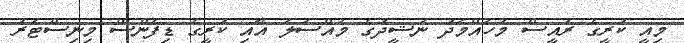
މިއީ ކުރީގެ ރައީސް މުހައްމަދު ނަޝީދުގެ މައްސަލަ އާއި ކުރީގެ ޑިފެންސް މިނިސްޓަރު